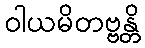
ဝါယမိတဗ္ဗန္တိ